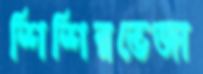
শিশিরভেজা